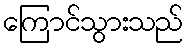
ကြောင်သွားသည်